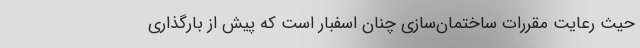
حيث رعايت مقررات ساختمان‌‌سازي چنان اسفبار است كه پيش از بارگذاري